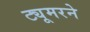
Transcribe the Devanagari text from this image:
ट्यूमरने